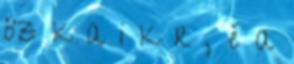
öz k a i k r , é a